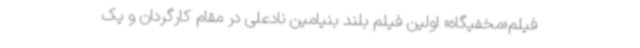
فیلم«مخفیگاه» اولین فیلم بلند بنیامین نادعلی در مقام کارگردان و یک